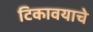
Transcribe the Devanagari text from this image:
टिकावयाचे